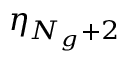
\eta _ { N _ { g } + 2 }